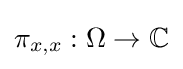
\pi _{x,x}:\Omega \to \mathbb {C}